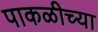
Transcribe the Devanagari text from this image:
पाकळीच्या